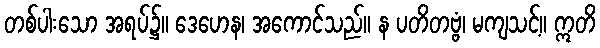
တစ်ပါးသော အရပ်၌။ ဒေဟေန၊ အကောင်သည်။ န ပတိတဗ္ဗံ၊ မကျသင့်။ ဣတိ